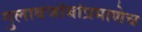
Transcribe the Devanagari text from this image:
गुलाबजांबांप्रमाणेच